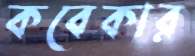
কবেকার